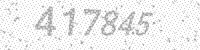
Solution: 417845